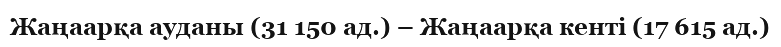
Жаңаарқа ауданы (31 150 ад.) – Жаңаарқа кенті (17 615 ад.)